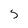
Character: 5